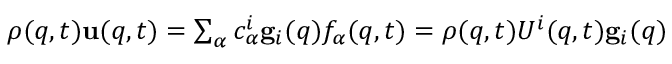
\begin{array} { r } { \rho ( { q } , t ) { \bf u } ( { q } , t ) = \sum _ { \alpha } { c } _ { \alpha } ^ { i } { \bf g } _ { i } ( { q } ) f _ { \alpha } ( { q } , t ) = \rho ( { q } , t ) { U } ^ { i } ( { q } , t ) { \bf g } _ { i } ( { q } ) } \end{array}